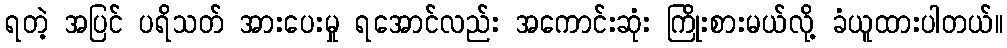
ရတဲ့ အပြင် ပရိသတ် အားပေးမှု ရအောင်လည်း အကောင်းဆုံး ကြိုးစားမယ်လို့ ခံယူထားပါတယ်။